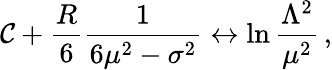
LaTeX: \mathcal{C}+\frac{{R}}{{6}}\frac{{1}}{{6\mu^{2}-\sigma^{2}}}\leftrightarrow\ln\frac{{\Lambda^{2}}}{{\mu^{2}}}\, ,